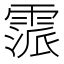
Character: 𩄂